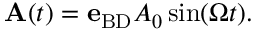
\begin{array} { r } { { \bf A } ( t ) = { \bf e } _ { \mathrm { B D } } A _ { 0 } \sin ( \Omega t ) . } \end{array}